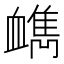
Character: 𧗔